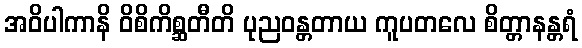
အဝိပါကာနိ ဝိစိကိစ္ဆတီတိ ပုညဝန္တတာယ ကူပတလေ စိတ္တာနန္တရံ